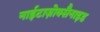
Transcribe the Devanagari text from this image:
नाईटाज़ोक्सैनाइड